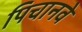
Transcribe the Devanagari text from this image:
पिचानवे